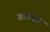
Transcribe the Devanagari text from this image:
उत्त्त्पन्न